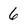
Character: 6